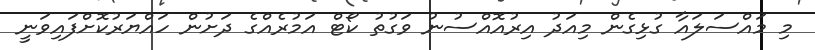
މި މައްސަލައާ ގުޅިގެން މިއަދު އިރުއޮއްސުނު ވަގުތު ކޯޓް އަމުރެއްގެ ދަށުން ހައްޔަރުކޮށްފައިވަނީ